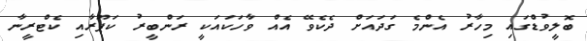
ބޮލީވުޑްގައި މިހާރު އެންމެ ގަދައަށް ދެކެވޭ އެއް ވާހަކައަކީ ރަންބީރު ކަޕޫރާއި ކެޓްރީނާ